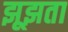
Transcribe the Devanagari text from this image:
झूझता